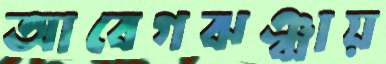
আবেগঝঞ্ঝায়